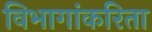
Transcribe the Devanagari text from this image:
विभागांकरिता